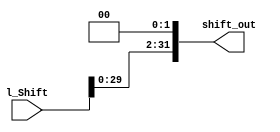
// [BCC 2022.1] Arquitetura e Organizao de Computadores
// Atividade 2VA
// Arquitetantes:
// - Gabriel Santos
// - Gilvaney Leandro
// - Joyce Mirelle
// - Ronaldo Rodrigues

module shift_operator (
  l_Shift,
  shift_out
); 
 
  input wire [31:0] l_Shift;
  output reg [31:0] shift_out;

always @(*) begin
  shift_out = l_Shift << 2;
end
   
endmodule